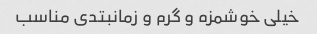
خیلی خوشمزه و گرم و زمانبتدی مناسب